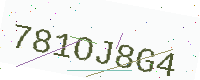
Text: 781OJ8G4